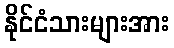
နိုင်ငံသားများအား